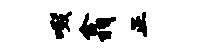
啜翕正